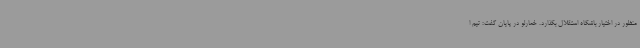
منظور در اختیار باشگاه استقلال بگذارد. خمارلو در پایان گفت: تیم ا